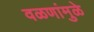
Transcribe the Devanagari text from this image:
वळणांमुळे